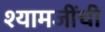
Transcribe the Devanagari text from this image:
श्यामजींची